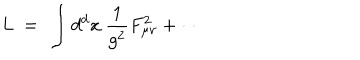
L ~ = ~ \int d ^ { d } x ~ { \frac { 1 } { g ^ { 2 } } } F _ { \mu \nu } ^ { 2 } + \cdots